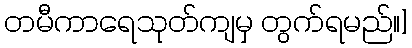
တမီကာရေသုတ်ကျမှ တွက်ရမည်။]